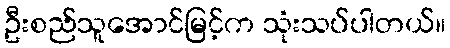
ဦးစည်သူအောင်မြင့်က သုံးသပ်ပါတယ်။